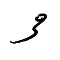
3